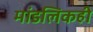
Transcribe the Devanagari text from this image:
मांडलिकही